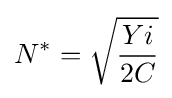
N^{*}={\sqrt {\frac {Yi}{2C}}}